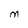
Character: M